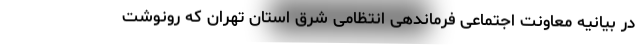
در بیانیه معاونت اجتماعی فرماندهی انتظامی شرق استان تهران که رونوشت